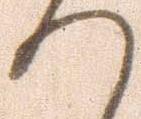
つ